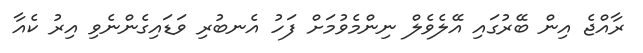
ރާއްޖެ އިން ބޭރުގައި އޭލެވެލް ނިންމެވުމަށް ފަހު އެނބުރި ވަޑައިގެންނެވި އިރު ކެއާ